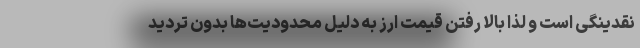
نقدینگی است و لذا بالا رفتن قیمت ارز به دلیل محدودیت‌ها بدون تردید